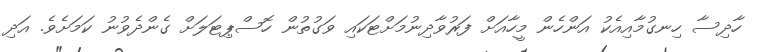
ހާދިސާ ހިނގުމާއިއެކު އަންހެން މީހާއަށް ފަރުވާދިނުމަށްޓަކައި ވަގުތުން ހޮސްޕިޓަލަށް ގެންދެވުނު ކަމަށެވެ. އަދި